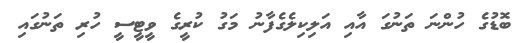
ބޮޑުގެ ހުންނަ ތަނުގަ އާއި އަލިކިލެގެފާނު މަގު ކުރީގެ ވީޓީސީ ހުރި ތަނުގައި